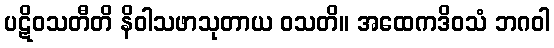
ပဋိဝသတီတိ နိဝါသဖာသုတာယ ဝသတိ။ အထေကဒိဝသံ ဘဂဝါ